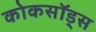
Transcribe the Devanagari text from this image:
कोकसॉड्स